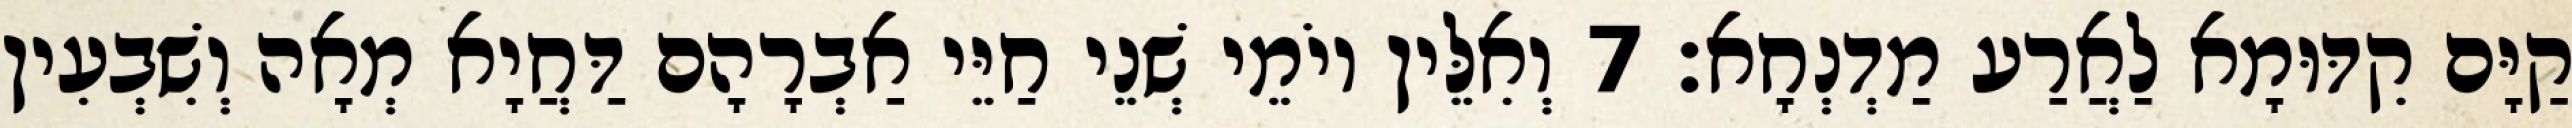
קַיָּם קִדּוּמָא לַאֲרַע מַדְנְחָא׃ 7 וְאִלֵּין יוֹמֵי שְׁנֵי חַיֵּי אַבְרָהָם דַּחֲיָא מְאָה וְשִׁבְעִין